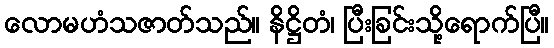
လောမဟံသဇာတ်သည်။ နိဋ္ဌိတံ၊ ပြီးခြင်းသို့ရောက်ပြီ။